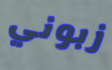
زبوني